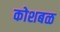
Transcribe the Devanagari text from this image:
कोशबळ